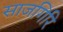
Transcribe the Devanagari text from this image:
साजगिरि